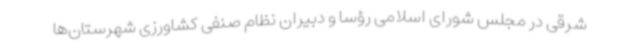
شرقی در مجلس شورای اسلامی رؤسا و دبیران نظام صنفی کشاورزی شهرستان‌ها